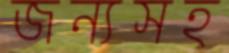
জন্যসহ